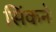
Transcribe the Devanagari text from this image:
सिंकने